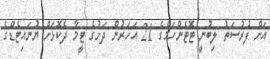
އަށް ފުުރުސަތު ލިބުނީ ޓޮޓެންހަމްގެ 21 އަހަރުން ދަށުގެ ޓީމާ ދެކޮޅަށް ޔުނައިޓެޑްގެ